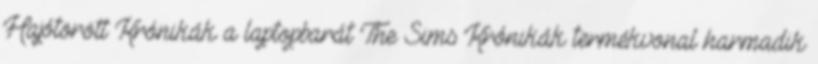
Hajótörött Krónikák a laptopbarát The Sims Krónikák termékvonal harmadik